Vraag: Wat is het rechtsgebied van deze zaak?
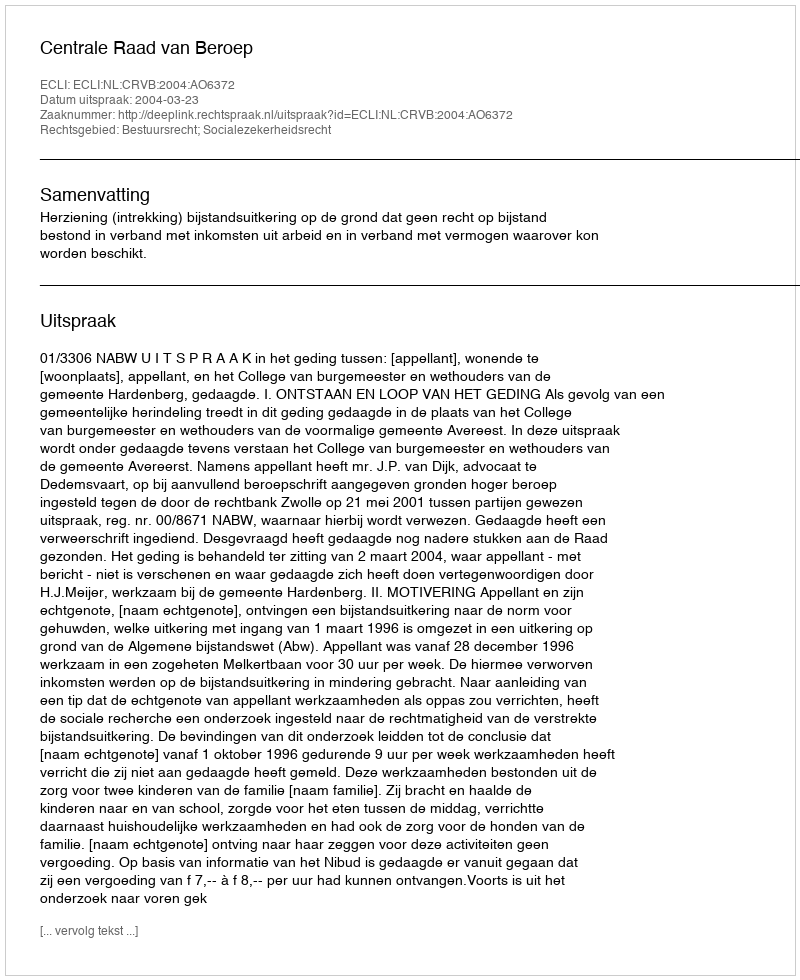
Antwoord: Bestuursrecht; Socialezekerheidsrecht